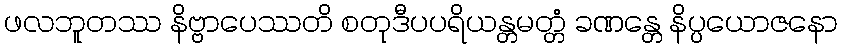
ဖလဘူတဿ နိဗ္ဗာပေဿတိ စတုဒီပပရိယန္တမတ္တံ ခဏန္တေ နိပ္ပယောဇနော